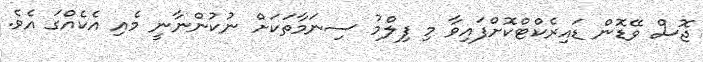
ޖޮސް ވޭޑޮން ޑައިރެކްޓްކޮށްފައިވާ މި ފިލްމު ސިނަމާތަކަށް ނުކުންނާނީ މެއި އެކެއްގަ އެވެ.